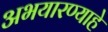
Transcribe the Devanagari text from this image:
अभयारण्याहे